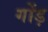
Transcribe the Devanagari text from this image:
गोंड़